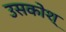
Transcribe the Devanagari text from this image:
उसकोश्